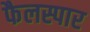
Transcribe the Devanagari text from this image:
फैलस्पार